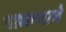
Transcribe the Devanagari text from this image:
वाधण्याचे